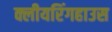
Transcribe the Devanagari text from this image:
क्लीयरिंगहाउस